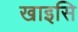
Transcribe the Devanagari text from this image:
खाइसि